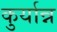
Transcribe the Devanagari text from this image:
कुर्यान्न